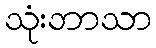
သုံးဘာသာ